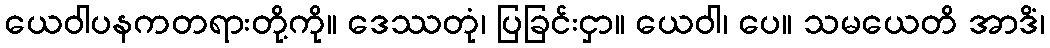
ယေဝါပနကတရားတို့ကို။ ဒေဿတုံ၊ ပြခြင်းငှာ။ ယေဝါ၊ ပေ။ သမယေတိ အာဒိံ၊